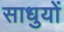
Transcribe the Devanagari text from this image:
साधुयों